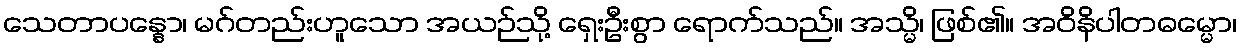
သေတာပန္နော၊ မဂ်တည်းဟူသော အယဉ်သို့ ရှေးဦးစွာ ရောက်သည်။ အသ္မိ၊ ဖြစ်၏။ အဝိနိပါတဓမ္မော၊